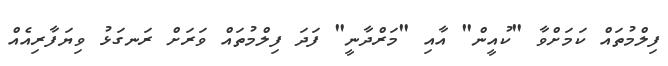
ފިލްމުތައް ކަމަށްވާ "ކުއީން" އާއި "މަރްދާނީ" ފަދަ ފިލްމުތައް ވަރަށް ރަނގަޅު ވިޔަފާރިއެއް